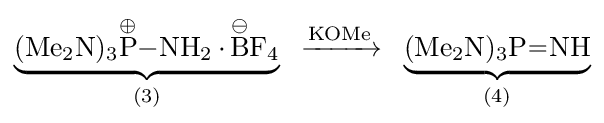
\underbrace {\ce {(Me2N)3{\overset {\oplus }{P}}-NH2.{\overset {\ominus }{B}}F4}} _{(3)}\ {\ce {->[{\ce {KOMe}}]}}\ \underbrace {\ce {(Me2N)3P=NH}} _{(4)}